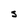
Character: S